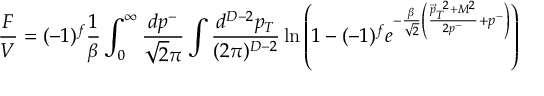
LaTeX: \frac { F } { V } = ( - 1 ) ^ { f } \frac { 1 } { \beta } \int _ { 0 } ^ { \infty } \frac { d p ^ { - } } { \sqrt { 2 } \pi } \int \frac { d ^ { D - 2 } p _ { T } } { ( 2 \pi ) ^ { D - 2 } } \ln \left( 1 - ( - 1 ) ^ { f } e ^ { - \frac { \beta } { \sqrt { 2 } } \left( \frac { { \vec { p } _ { T } } ^ { ~ 2 } + M ^ { 2 } } { 2 p ^ { - } } + p ^ { - } \right) } \right)